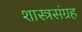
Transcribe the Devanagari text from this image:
शास्त्रसंग्रह